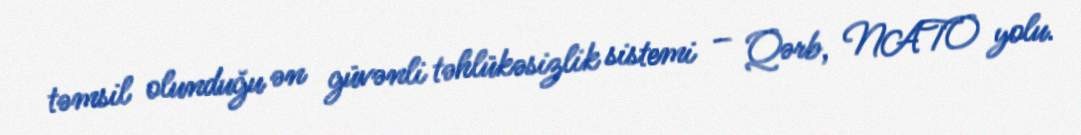
təmsil olunduğu ən güvənli təhlükəsizlik sistemi – Qərb, NATO yolu.